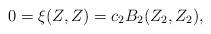
LaTeX: \begin{align*}0 = \xi(Z,Z) = c_2B_2(Z_2,Z_2),\end{align*}